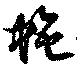
蛇